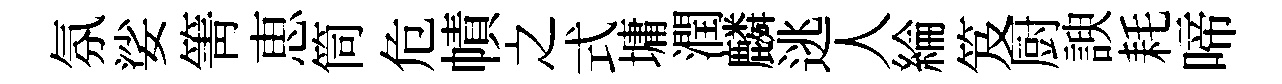
氛娑箐恵筒危幘之式墉潤麟逃人綸笈厨諛耗啼